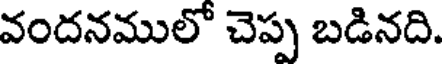
వందనములో చెప్ప బడినది.